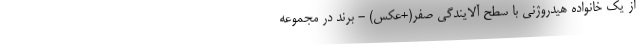
از یک خانواده هیدروژنی با سطح آلایندگی صفر(+عکس) - برند در مجموعه